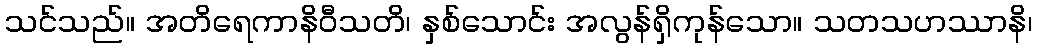
သင်သည်။ အတိရေကာနိဝီသတိ၊ နှစ်သောင်း အလွန်ရှိကုန်သော။ သတသဟဿာနိ၊